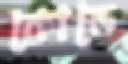
কোন্ডে